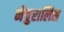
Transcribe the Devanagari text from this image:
नेचुरालिस